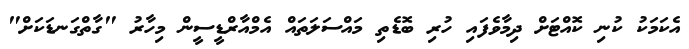
އެކަމަކު ކުނި ކޮއްޓަށް ދިމާވެފައި ހުރި ބޮޑެތި މައްސަލަތައް އެމްއާރްޑީސީން މިހާރު "ގާތްގަނޑަކަށް"